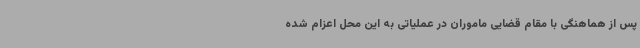
پس از هماهنگی با مقام قضایی ماموران در عملیاتی به این محل اعزام شده